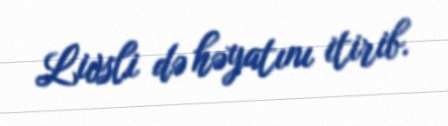
Livsli də həyatını itirib.